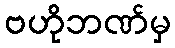
ဗဟိုဘဏ်မှ